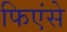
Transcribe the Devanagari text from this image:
फिएंसे